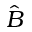
\hat { B }